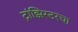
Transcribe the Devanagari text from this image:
ट्रांझिस्टरचा